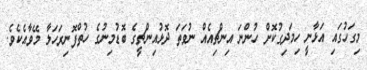
މިގަހުގައި އަޅާނީ ހިމަދިގުކޮށް ހުންނަ އިންޗިއެއް ނުވަތަ ދޮޅުއިންޗީގެ ބޮޑުމިނުގެ ހުތްފޮނިރަހަލާ މޭވާއެކެވެ.